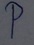
Text: P